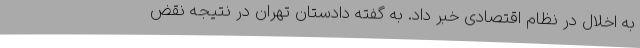
به اخلال در نظام اقتصادی خبر داد. به گفته دادستان تهران در نتیجه نقض